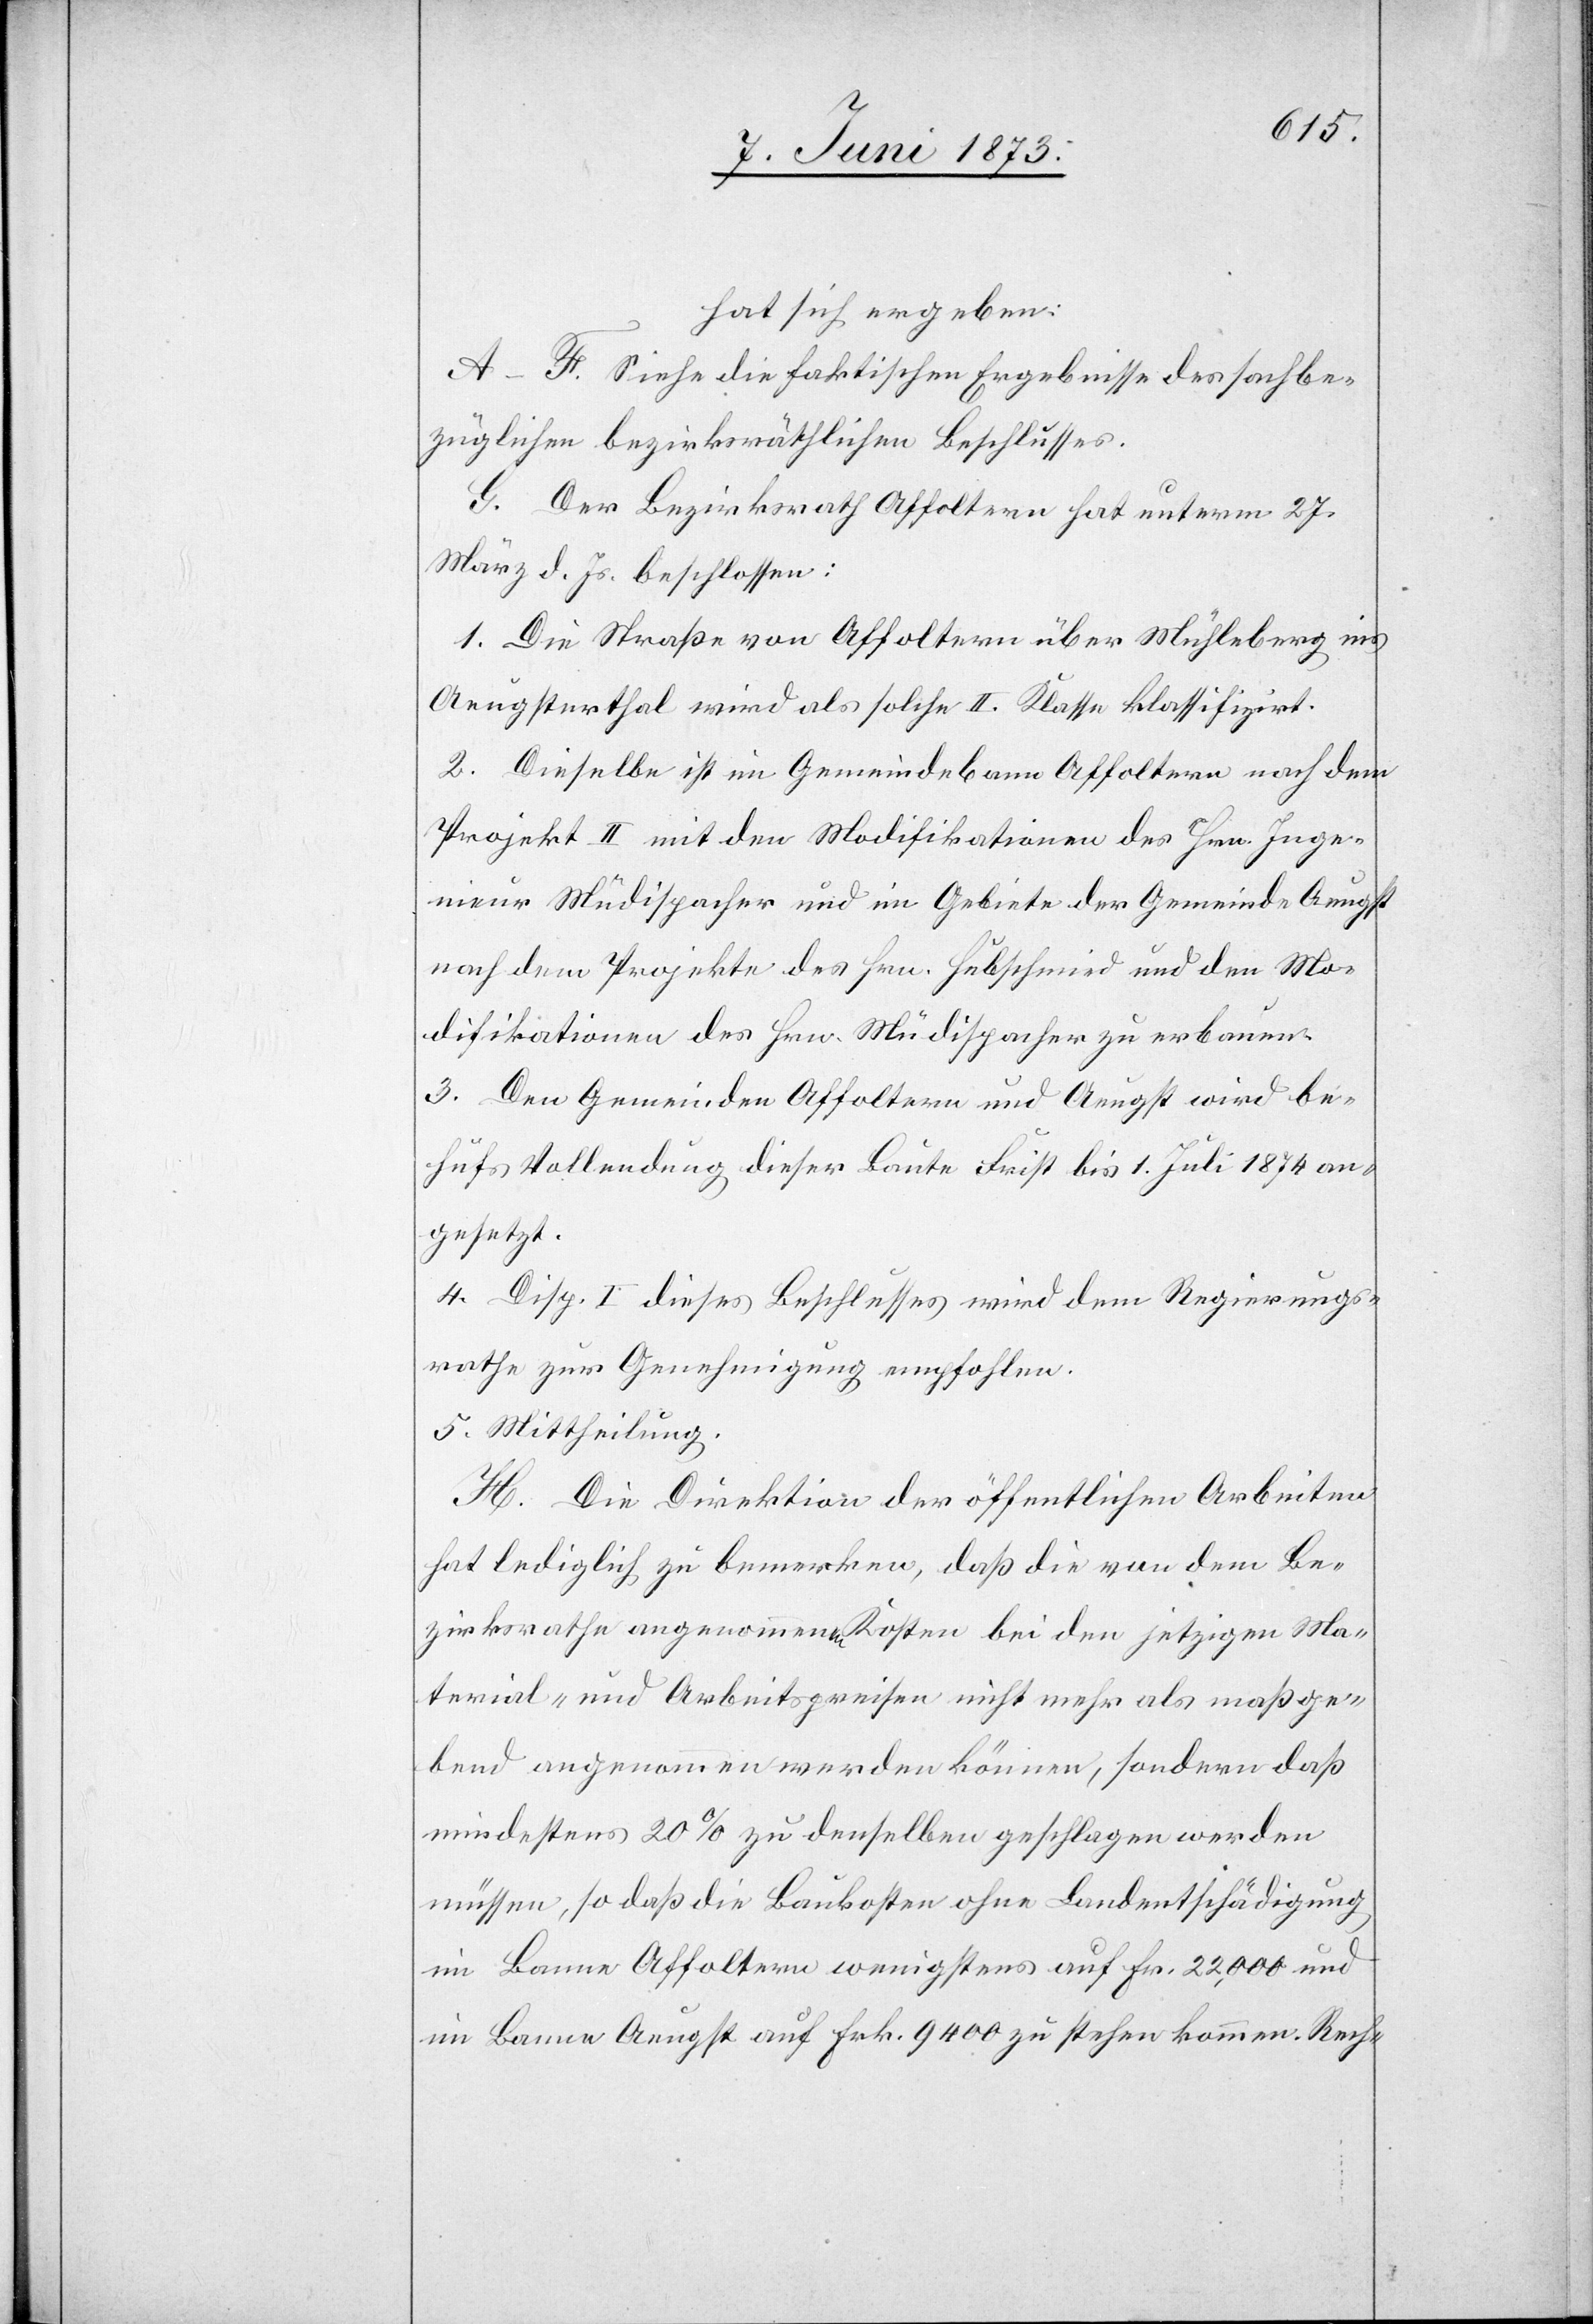
hat sich ergeben:
A–F. Siehe die faktischen Ergebnisse des sachbe¬
züglichen bezirksräthlichen Beschlusses.
G. Der Bezirksrath Affoltern hat unterm 27.
März d. Js. beschlossen:
1. Die Straße von Affoltern über Mühleberg ins
Aeugsterthal wird als solche II. Klasse klassifizirt.
2. Dieselbe ist im Gemeindebann Affoltern nach dem
Projekt II mit den Modifikationen des Hrn. Inge¬
nieur Müdispacher und im Gebiete der Gemeinde Aeugst
nach dem Projekte des Hrn. Hubschmied und den Mo¬
difikationen des Hrn. Müdispacher zu erbauen.
3. Den Gemeinden Affoltern und Aeugst wird be¬
hufs Vollendung dieser Baute Frist bis 1. Juli 1874 an¬
gesetzt.
4. Disp. I dieses Beschlusses wird dem Regierungs¬
rathe zur Genehmigung empfohlen.
5. Mittheilung.
H. Die Direktion der öffentlichen Arbeiten
hat lediglich zu bemerken, daß die von dem Be¬
zirksrathe angenommenen Kosten bei den jetzigen Ma¬
terial- und Arbeitspreisen nicht mehr als maßge¬
bend angenommen werden können, sondern daß
mindestens 20% zu denselben geschlagen werden
müssen, so daß die Baukosten ohne Landentschädigung
im Banne Affoltern wenigstens auf Fr. 22,000 und
im Banne Aeugst auf Frk. 9 400 zu stehen kommen. Rech-